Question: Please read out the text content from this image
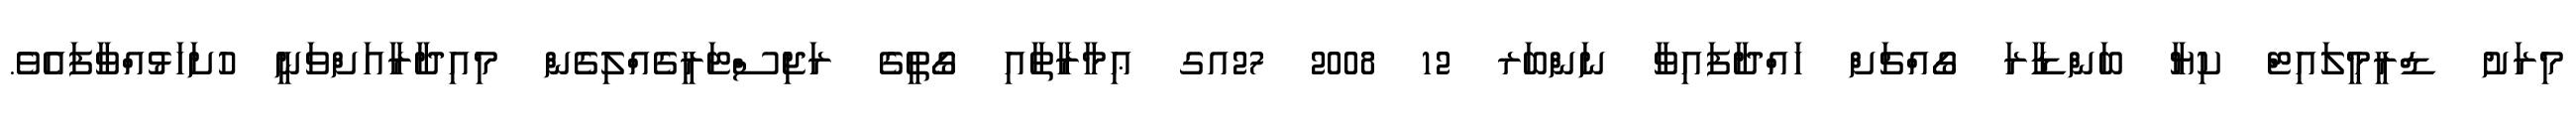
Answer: މިރަށު ޑްރީމީލައިޓް ކިޔާ ބަންޑާރަ ގޯއްޗަށް ހައްދާފައިވާ ނަންބަރ 12 2008 27އގ ޢިމާރާތާއި ގޯތީގެ ރަޖިސްޓަރީގެއްލިގެން މިއިދާރާއަށްވަނީ ހުށަހަޅުއްވާފައެވެ.